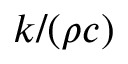
k / ( \rho c )